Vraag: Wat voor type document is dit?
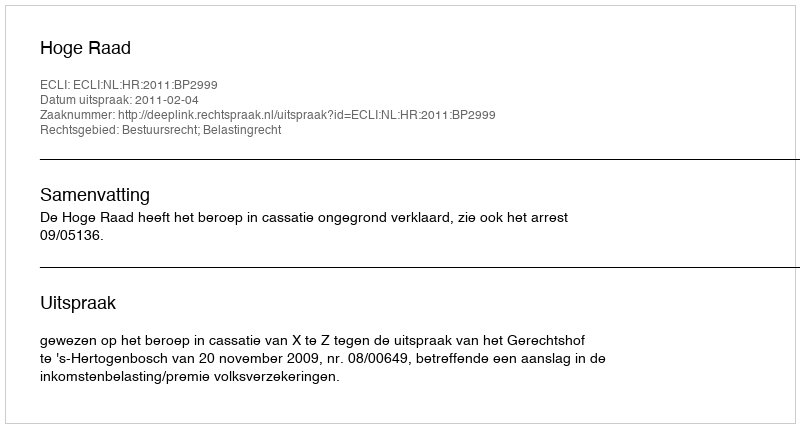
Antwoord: Uitspraak